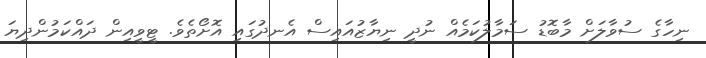
ނިހާގެ ސުވާލަށް މާބޮޑު ސަމާލުކަމެއް ނުދީ ނިޔާޒުއައިސް އެނދުގައި އޮށޯތެވެ. ޓީވީއިން ދައްކަމުންދިޔަ